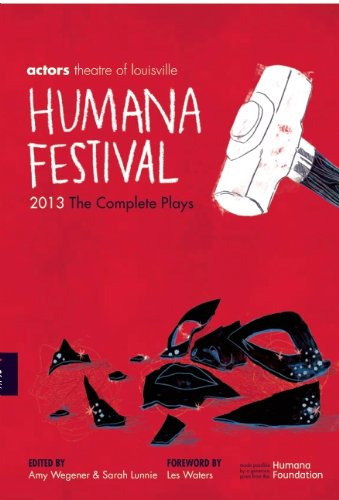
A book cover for Humana Festival 2013: The Complete Plays; Literature & Fiction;